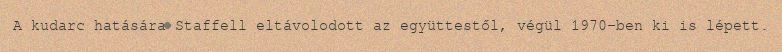
A kudarc hatására Staffell eltávolodott az együttestől, végül 1970-ben ki is lépett.